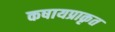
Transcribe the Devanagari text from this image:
कषायप्राकृत